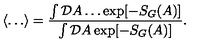
\langle \ldots \rangle = \frac { \int { \mathcal D } A \ldots \exp [ - S _ { G } ( A ) ] } { \int { \mathcal D } A \exp [ - S _ { G } ( A ) ] } .